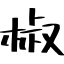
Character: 椒